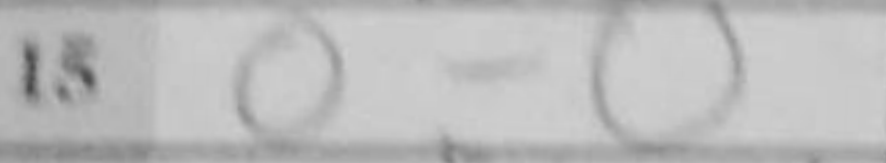
Transcription: O-O